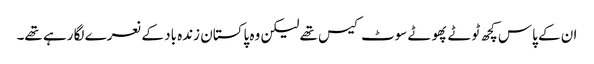
ان کے پاس کچھ ٹوٹے پھوٹے سوٹ کیس تھے لیکن وہ پاکستان زندہ باد کے نعرے لگا رہے تھے۔